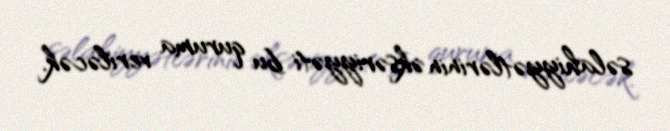
səlahiyyətlərinin əksəriyyəti bu quruma veriləcək.